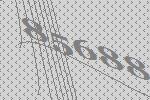
85688